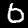
Digit: 6